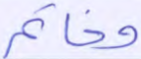
وخاتم